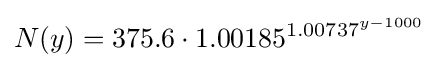
N(y)=375.6\cdot 1.00185^{1.00737^{y-1000}}